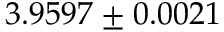
3 . 9 5 9 7 \pm 0 . 0 0 2 1